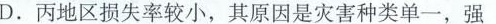
D.丙地区损失率较小，其原因是灾害种类单一，强